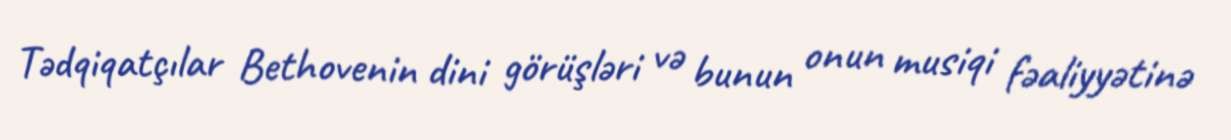
Tədqiqatçılar Bethovenin dini görüşləri və bunun onun musiqi fəaliyyətinə